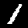
Digit: 1